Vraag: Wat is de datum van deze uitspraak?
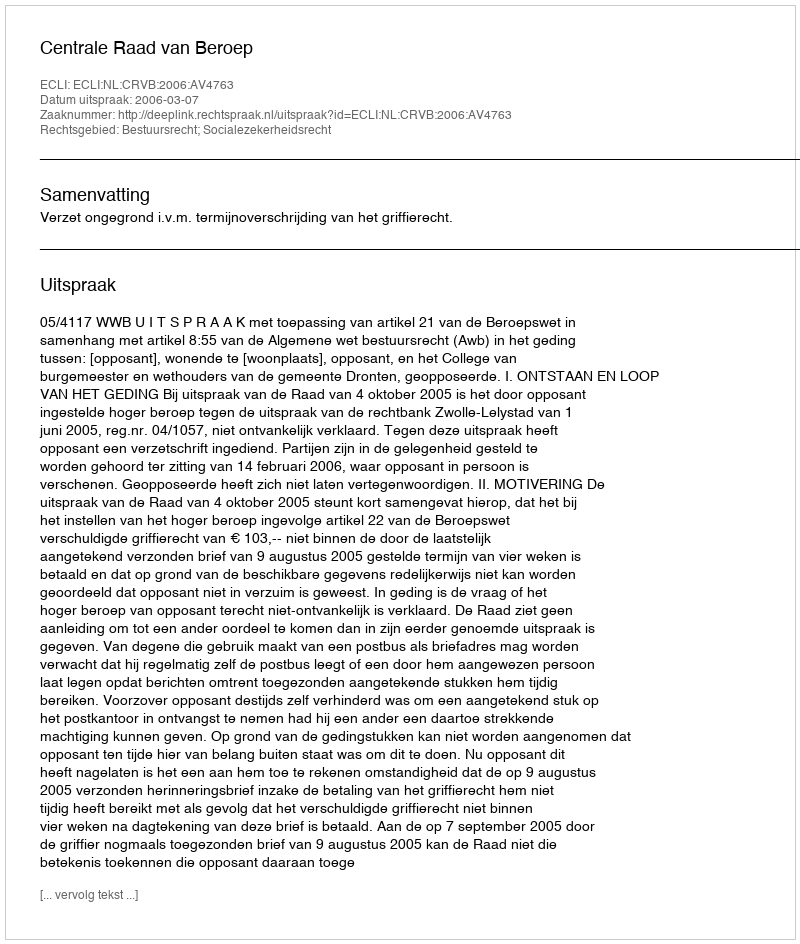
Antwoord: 2006-03-07